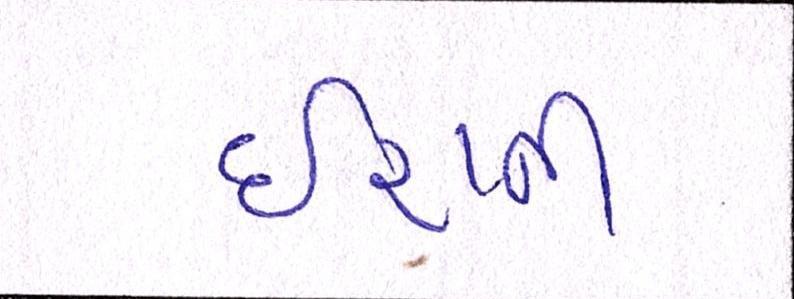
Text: ઇરાની